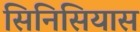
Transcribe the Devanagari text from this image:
सिनिसियास